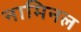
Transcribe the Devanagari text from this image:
नामिनल